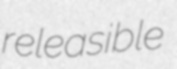
releasible